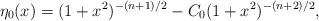
LaTeX: \begin{align*}\eta_0(x) = ( 1 + x^2)^{-(n+1)/2} - C_0 ( 1 + x^2)^{-(n+2)/2},\end{align*}